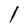
Character: l